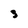
Character: 3